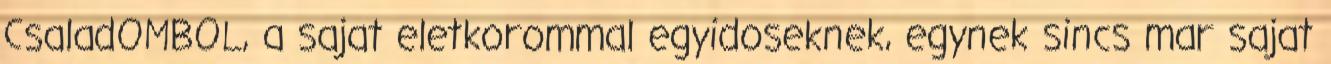
CsaladOMBOL, a sajat eletkorommal egyidoseknek, egynek sincs mar sajat